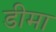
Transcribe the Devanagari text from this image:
डीमा